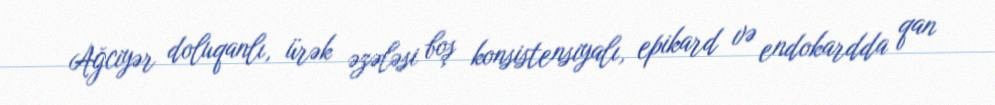
Ağciyər doluqanlı, ürək əzələsi boş konsistensiyalı, epikard və endokardda qan